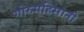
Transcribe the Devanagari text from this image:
गोरुमहिसानी